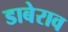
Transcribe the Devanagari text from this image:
डाबेराव